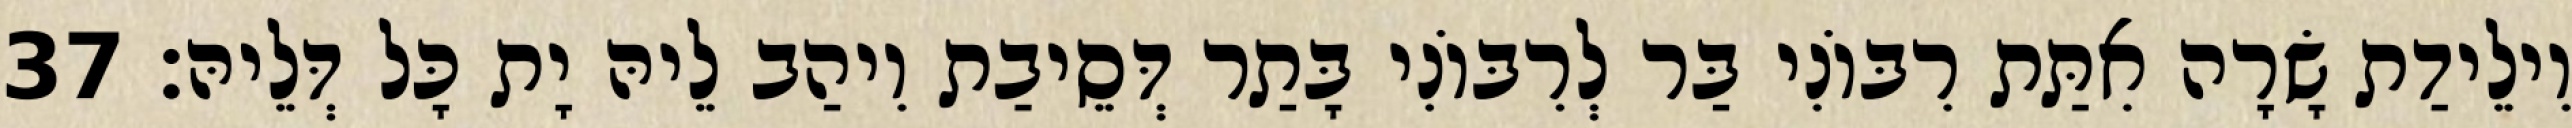
וִילֵידַת שָׂרָה אִתַּת רִבּוֹנִי בַּר לְרִבּוֹנִי בָּתַר דְּסֵיבַת וִיהַב לֵיהּ יָת כָּל דְּלֵיהּ׃ 37